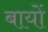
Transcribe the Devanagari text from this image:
बायों